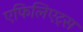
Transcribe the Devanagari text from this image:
एफिलिएट्स